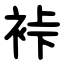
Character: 裃